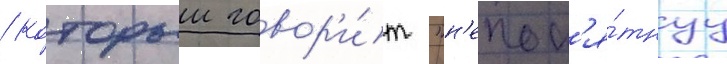
/ которыи говор'и́т "н'епон'я́тнуу